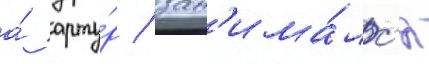
а́ арту́р / зан'има́лс'я